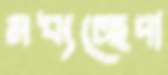
মধ্যচ্ছেদা